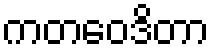
ကတဝေဒိတာ